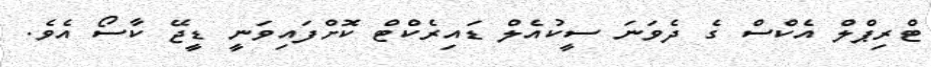
ޓްރިޕްލް އެކްސް ގެ ދެވަނަ ސީކުއެލް ޑައިރެކްޓް ކޮށްފައިވަނީ ޑީޖޭ ކާސޯ އެވެ.